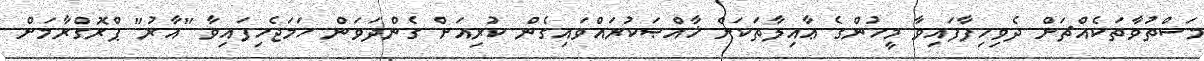
މަސްތުވާތަކެއްޗަށް ދެވިހިފާފައިވާ މީހުންގެ ޢާއިލާތަކަށް ޚާއްޞަކުރައްވައިގެން ކުރިއަށް ގެންދަވަން ހަމަޖެހިފައިވާ "އާރު" ޕްރޮގްރާމަށް